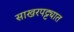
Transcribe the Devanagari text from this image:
साखरपट्ट्यात